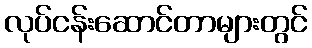
လုပ်ငန်းဆောင်တာများတွင်